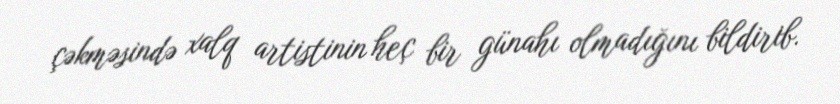
çəkməsində xalq artistinin heç bir günahı olmadığını bildirib.